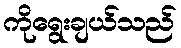
ကိုရွေးချယ်သည်